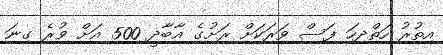
އިތުރު ހަތްދިހަ ފަސް ވަރަކަށް ރަށުގެ އާބާދީ 500 އަށް ވުރެ ގިނަ